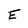
Character: E